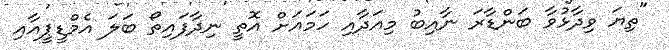
"ތިޔަ ވިދާޅުވާ ބަންޑާރަ ނާއިބު މިއަދާއި ހަމައަށް އޮތީ ނިދާފައިތޯ ބަލަ އެމްޑީޕީއާއި